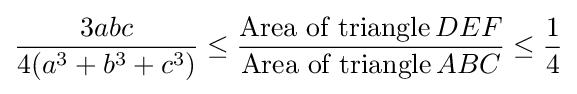
{\frac {3abc}{4(a^{3}+b^{3}+c^{3})}}\leq {\frac {{\text{Area of triangle}}\,DEF}{{\text{Area of triangle}}\,ABC}}\leq {\frac {1}{4}}